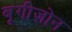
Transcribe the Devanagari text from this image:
बूगीज़ोन